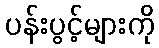
ပန်းပွင့်များကို